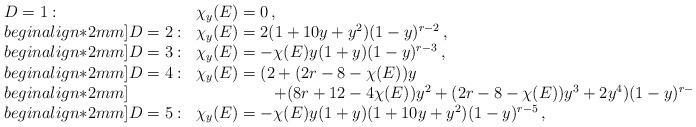
LaTeX: \begin{align*}\begin{array}{ll}D=1:&\chi_y(E)=0\,,\\begin{align*}2mm]D=2:&\chi_y(E)=2(1+10y+y^2)(1-y)^{r-2}\,,\\begin{align*}2mm]D=3:&\chi_y(E)=-\chi(E)y(1+y)(1-y)^{r-3}\,,\\begin{align*}2mm]D=4:&\chi_y(E)=(2+(2r-8-\chi(E))y\\begin{align*}2mm]&\hspace{2cm}+(8r+12-4\chi(E))y^2+(2r-8-\chi(E))y^3+2y^4)(1-y)^{r-4}\,,\\begin{align*}2mm]D=5:&\chi_y(E)=-\chi(E)y(1+y)(1+10y+y^2)(1-y)^{r-5}\,,\end{array} \end{align*}